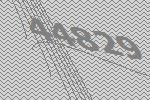
44829